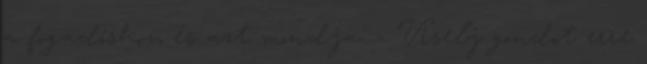
a fogadóshoz, és azt mondja: - Viselj gondot erre